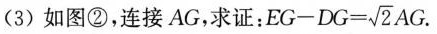
(3)如图②，连接AG，求证： $$E G - D G = \sqrt { 2 } A G$$